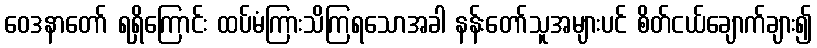
ဝေဒနာတော် ရရှိကြောင်း ထပ်မံကြားသိကြရသောအခါ နန်းတော်သူအများပင် စိတ်ငယ်ချောက်ချား၍